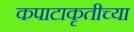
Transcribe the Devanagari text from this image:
कपाटाकृतीच्या